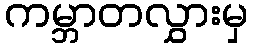
ကမ္ဘာတလွှားမှ